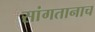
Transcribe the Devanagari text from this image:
सांगतानाच